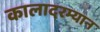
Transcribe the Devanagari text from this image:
कालादरम्यान